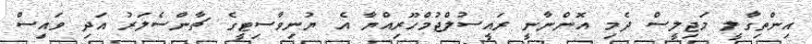
އިންތިގާލީ މަޖިލީސް ދެމި އޮންނާނީ ރައީސުލްޖުމްހޫރިއްޔާ އެ ޔުނިވާސިޓީގެ ޗާންސެލަރު އަދި ވައިސް